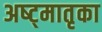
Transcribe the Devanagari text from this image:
अष्ट्मातृका